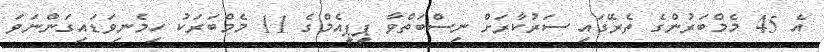
އެ 45 މެމްބަރުންގެ ތެރޭގައި ސަރުކާރަށް ނިސްބަތްވާ ޕީޕީއެމްގެ 11 މެމްބަރަކު ހިމެނިވަޑައިގަންނަވަ